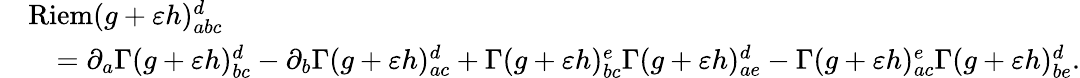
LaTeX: \begin{array}{rl}&{\mathrm{Riem}(g+\varepsilon h)_{abc}^{d}}\\ &{\quad=\partial_{a}\Gamma(g+\varepsilon h)_{bc}^{d}-\partial_{b}\Gamma(g+\varepsilon h)_{ac}^{d}+\Gamma(g+\varepsilon h)_{bc}^{e}\Gamma(g+\varepsilon h)_{ae}^{d}-\Gamma(g+\varepsilon h)_{ac}^{e}\Gamma(g+\varepsilon h)_{be}^{d}.}\end{array}